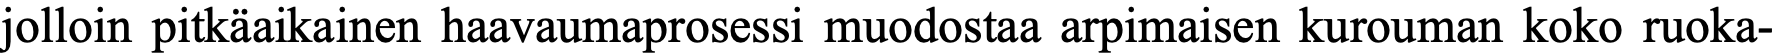
jolloin pitkäaikainen haavaumaprosessi muodostaa arpimaisen kurouman koko ruoka-